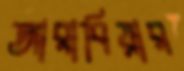
আরাবিয়ার